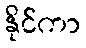
နိုင်ကာ